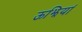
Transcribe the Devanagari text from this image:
ऊझियां